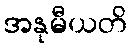
အနုမီယတိ